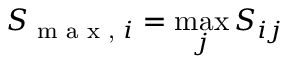
S _ { \textrm { m a x , } i } = \operatorname* { m a x } _ { j } S _ { i j }